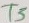
Text: T5